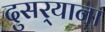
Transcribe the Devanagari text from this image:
दुसर्‍याना